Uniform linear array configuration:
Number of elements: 32
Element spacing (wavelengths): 0.5
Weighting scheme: hamming
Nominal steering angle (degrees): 15
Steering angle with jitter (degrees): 16.934
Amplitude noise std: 0.05
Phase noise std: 0.05

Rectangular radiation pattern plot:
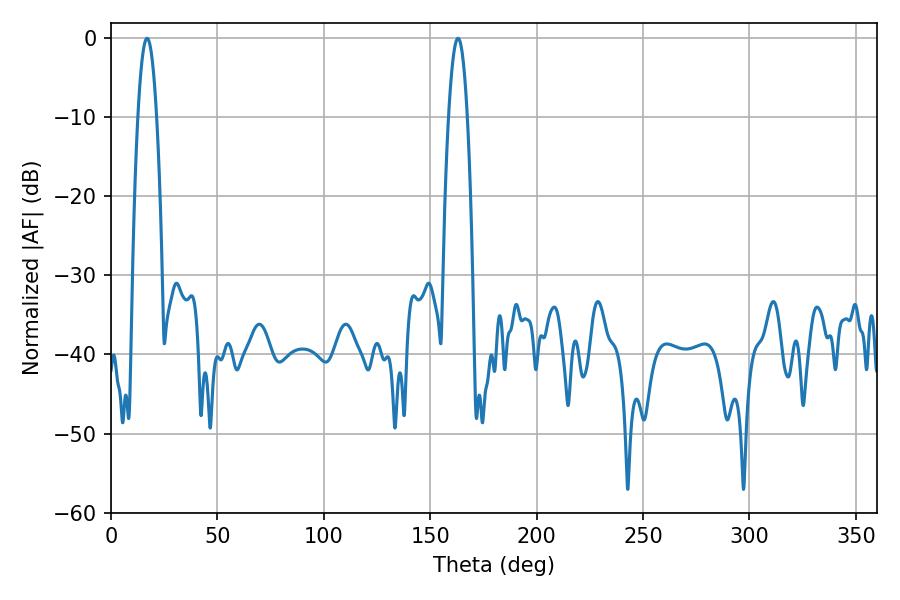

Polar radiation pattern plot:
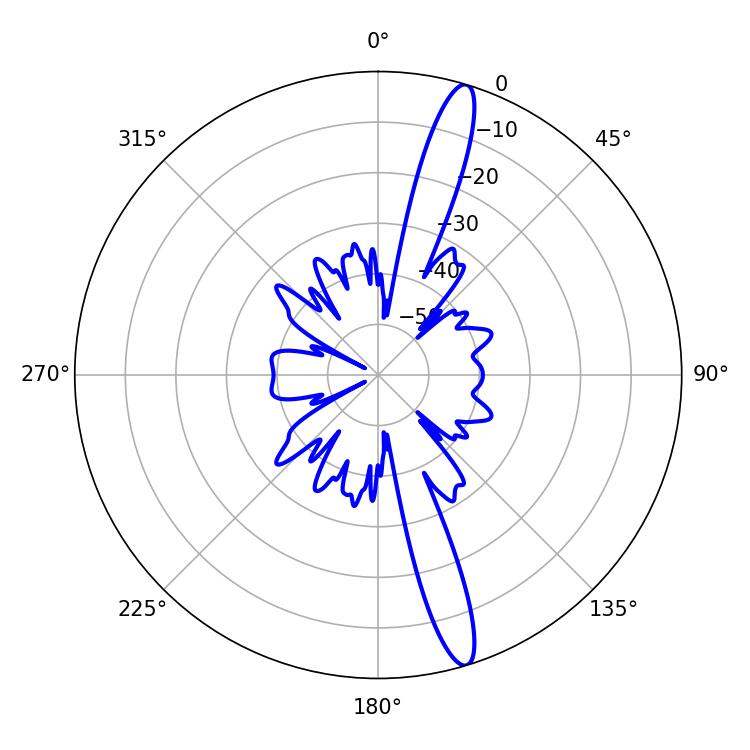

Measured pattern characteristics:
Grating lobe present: FALSE
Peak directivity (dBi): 15.725
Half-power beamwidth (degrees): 4.86
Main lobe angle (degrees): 16.92